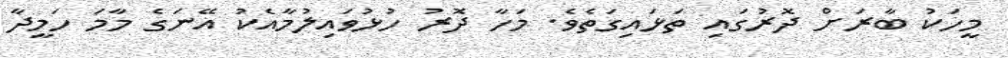
މީހަކު ބާރަށް ދޮރުގައި ތަޅައިގަތެވެ. މަހާ ދޮރު ހުޅުވައިލުމާއެކު އޭނަގެ މާމަ ހަމީދާ